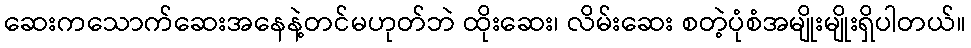
ဆေးကသောက်ဆေးအနေနဲ့တင်မဟုတ်ဘဲ ထိုးဆေး၊ လိမ်းဆေး စတဲ့ပုံစံအမျိုးမျိုးရှိပါတယ်။